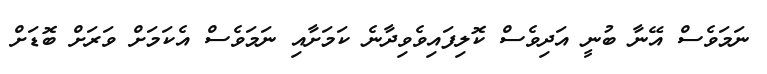
ނަމަވެސް އޭނާ ބުނީ އަދިވެސް ކޮލިފައިވެވިދާނެ ކަމަށާއި ނަމަވެސް އެކަމަށް ވަރަށް ބޮޑަށް